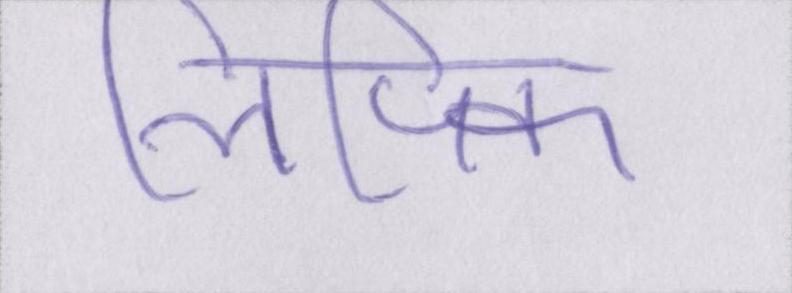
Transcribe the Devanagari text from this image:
लिपिक